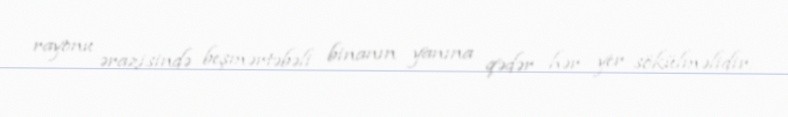
rayonu ərazisində beşmərtəbəli binanın yanına qədər hər yer sökülməlidir.